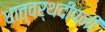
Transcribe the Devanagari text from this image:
धात्वर्थदीपनी